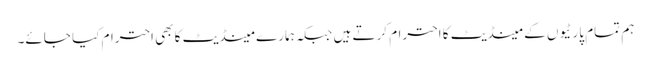
ہم تمام پارٹیوں کے مینڈیٹ کا احترام کرتے ہیں جبکہ ہمارے مینڈیٹ کا بھی احترام کیا جائے۔